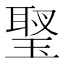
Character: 𤧬